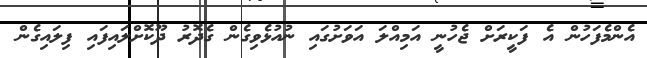
އެންމެފަހުން އެ ފަކީރަށް ޖެހުނީ އަމިއްލަ އަވަށުގައި ނުއުޅެވިގެން ގެދޮރު ދޫކޮށްލައިފައި ފިލައިގެން